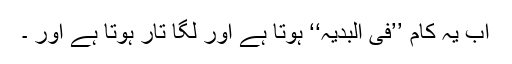
اب یہ کام ’’فی البدیہ‘‘ ہوتا ہے اور لگا تار ہوتا ہے اور ۔